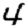
Digit: 4